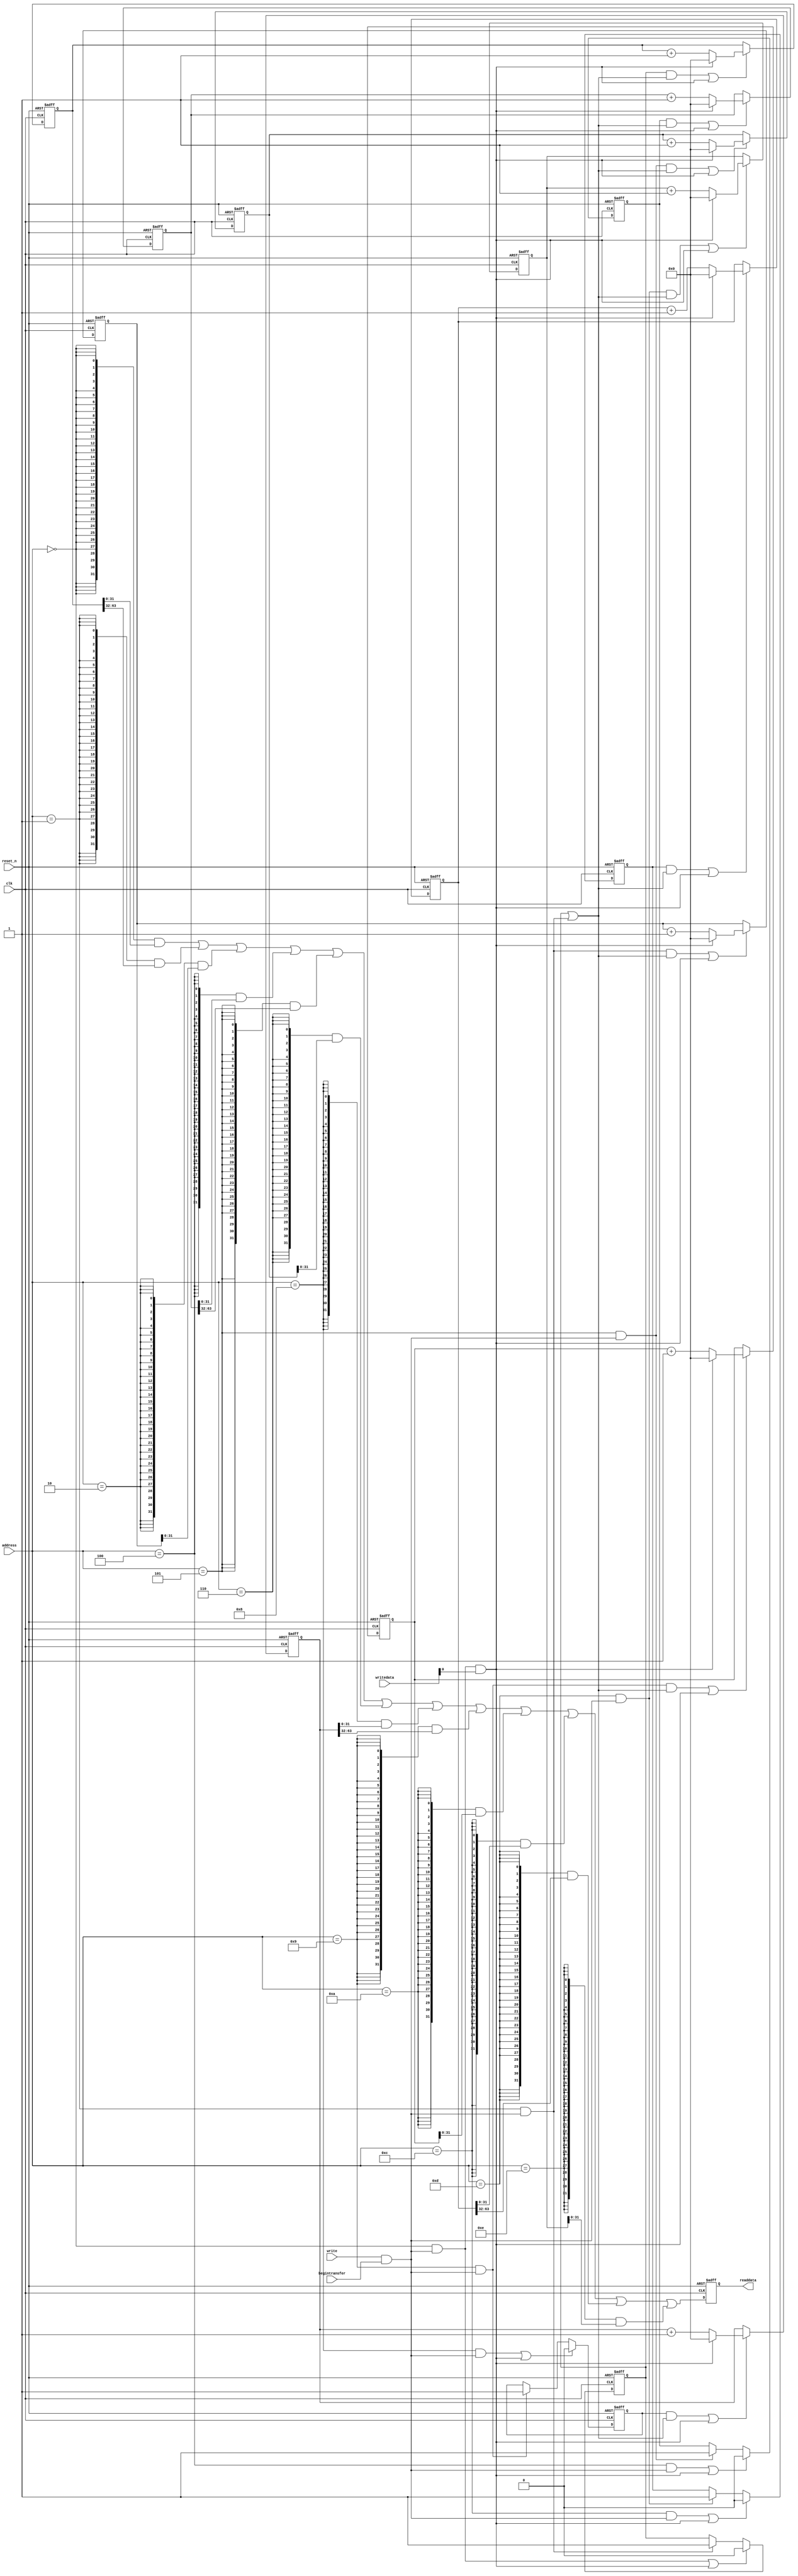
//Legal Notice: (C)2022 Altera Corporation. All rights reserved.  Your
//use of Altera Corporation's design tools, logic functions and other
//software and tools, and its AMPP partner logic functions, and any
//output files any of the foregoing (including device programming or
//simulation files), and any associated documentation or information are
//expressly subject to the terms and conditions of the Altera Program
//License Subscription Agreement or other applicable license agreement,
//including, without limitation, that your use is for the sole purpose
//of programming logic devices manufactured by Altera and sold by Altera
//or its authorized distributors.  Please refer to the applicable
//agreement for further details.

// synthesis translate_off
`timescale 1ns / 1ps
// synthesis translate_on

// turn off superfluous verilog processor warnings 
// altera message_level Level1 
// altera message_off 10034 10035 10036 10037 10230 10240 10030 

module nios_system_performance_counter (
                                         // inputs:
                                          address,
                                          begintransfer,
                                          clk,
                                          reset_n,
                                          write,
                                          writedata,

                                         // outputs:
                                          readdata
                                       )
;

  output  [ 31: 0] readdata;
  input   [  3: 0] address;
  input            begintransfer;
  input            clk;
  input            reset_n;
  input            write;
  input   [ 31: 0] writedata;


wire             clk_en;
reg     [ 63: 0] event_counter_0;
reg     [ 63: 0] event_counter_1;
reg     [ 63: 0] event_counter_2;
reg     [ 63: 0] event_counter_3;
wire             global_enable;
wire             global_reset;
wire             go_strobe_0;
wire             go_strobe_1;
wire             go_strobe_2;
wire             go_strobe_3;
wire    [ 31: 0] read_mux_out;
reg     [ 31: 0] readdata;
wire             stop_strobe_0;
wire             stop_strobe_1;
wire             stop_strobe_2;
wire             stop_strobe_3;
reg     [ 63: 0] time_counter_0;
reg     [ 63: 0] time_counter_1;
reg     [ 63: 0] time_counter_2;
reg     [ 63: 0] time_counter_3;
reg              time_counter_enable_0;
reg              time_counter_enable_1;
reg              time_counter_enable_2;
reg              time_counter_enable_3;
wire             write_strobe;
  //control_slave, which is an e_avalon_slave
  assign clk_en = -1;
  assign write_strobe = write & begintransfer;
  always @(posedge clk or negedge reset_n)
    begin
      if (reset_n == 0)
          time_counter_0 <= 0;
      else if ((time_counter_enable_0 & global_enable) | global_reset)
          if (global_reset)
              time_counter_0 <= 0;
          else 
            time_counter_0 <= time_counter_0 + 1;
    end


  always @(posedge clk or negedge reset_n)
    begin
      if (reset_n == 0)
          event_counter_0 <= 0;
      else if ((go_strobe_0 & global_enable) | global_reset)
          if (global_reset)
              event_counter_0 <= 0;
          else 
            event_counter_0 <= event_counter_0 + 1;
    end


  assign stop_strobe_0 = (address == 0) && write_strobe;
  assign go_strobe_0 = (address == 1) && write_strobe;
  always @(posedge clk or negedge reset_n)
    begin
      if (reset_n == 0)
          time_counter_enable_0 <= 0;
      else if (clk_en)
          if (stop_strobe_0 | global_reset)
              time_counter_enable_0 <= 0;
          else if (go_strobe_0)
              time_counter_enable_0 <= -1;
    end


  assign global_enable = time_counter_enable_0 | go_strobe_0;
  assign global_reset = stop_strobe_0 && writedata[0];
  always @(posedge clk or negedge reset_n)
    begin
      if (reset_n == 0)
          time_counter_1 <= 0;
      else if ((time_counter_enable_1 & global_enable) | global_reset)
          if (global_reset)
              time_counter_1 <= 0;
          else 
            time_counter_1 <= time_counter_1 + 1;
    end


  always @(posedge clk or negedge reset_n)
    begin
      if (reset_n == 0)
          event_counter_1 <= 0;
      else if ((go_strobe_1 & global_enable) | global_reset)
          if (global_reset)
              event_counter_1 <= 0;
          else 
            event_counter_1 <= event_counter_1 + 1;
    end


  assign stop_strobe_1 = (address == 4) && write_strobe;
  assign go_strobe_1 = (address == 5) && write_strobe;
  always @(posedge clk or negedge reset_n)
    begin
      if (reset_n == 0)
          time_counter_enable_1 <= 0;
      else if (clk_en)
          if (stop_strobe_1 | global_reset)
              time_counter_enable_1 <= 0;
          else if (go_strobe_1)
              time_counter_enable_1 <= -1;
    end


  always @(posedge clk or negedge reset_n)
    begin
      if (reset_n == 0)
          time_counter_2 <= 0;
      else if ((time_counter_enable_2 & global_enable) | global_reset)
          if (global_reset)
              time_counter_2 <= 0;
          else 
            time_counter_2 <= time_counter_2 + 1;
    end


  always @(posedge clk or negedge reset_n)
    begin
      if (reset_n == 0)
          event_counter_2 <= 0;
      else if ((go_strobe_2 & global_enable) | global_reset)
          if (global_reset)
              event_counter_2 <= 0;
          else 
            event_counter_2 <= event_counter_2 + 1;
    end


  assign stop_strobe_2 = (address == 8) && write_strobe;
  assign go_strobe_2 = (address == 9) && write_strobe;
  always @(posedge clk or negedge reset_n)
    begin
      if (reset_n == 0)
          time_counter_enable_2 <= 0;
      else if (clk_en)
          if (stop_strobe_2 | global_reset)
              time_counter_enable_2 <= 0;
          else if (go_strobe_2)
              time_counter_enable_2 <= -1;
    end


  always @(posedge clk or negedge reset_n)
    begin
      if (reset_n == 0)
          time_counter_3 <= 0;
      else if ((time_counter_enable_3 & global_enable) | global_reset)
          if (global_reset)
              time_counter_3 <= 0;
          else 
            time_counter_3 <= time_counter_3 + 1;
    end


  always @(posedge clk or negedge reset_n)
    begin
      if (reset_n == 0)
          event_counter_3 <= 0;
      else if ((go_strobe_3 & global_enable) | global_reset)
          if (global_reset)
              event_counter_3 <= 0;
          else 
            event_counter_3 <= event_counter_3 + 1;
    end


  assign stop_strobe_3 = (address == 12) && write_strobe;
  assign go_strobe_3 = (address == 13) && write_strobe;
  always @(posedge clk or negedge reset_n)
    begin
      if (reset_n == 0)
          time_counter_enable_3 <= 0;
      else if (clk_en)
          if (stop_strobe_3 | global_reset)
              time_counter_enable_3 <= 0;
          else if (go_strobe_3)
              time_counter_enable_3 <= -1;
    end


  assign read_mux_out = ({32 {(address == 0)}} & time_counter_0[31 : 0]) |
    ({32 {(address == 1)}} & time_counter_0[63 : 32]) |
    ({32 {(address == 2)}} & event_counter_0) |
    ({32 {(address == 4)}} & time_counter_1[31 : 0]) |
    ({32 {(address == 5)}} & time_counter_1[63 : 32]) |
    ({32 {(address == 6)}} & event_counter_1) |
    ({32 {(address == 8)}} & time_counter_2[31 : 0]) |
    ({32 {(address == 9)}} & time_counter_2[63 : 32]) |
    ({32 {(address == 10)}} & event_counter_2) |
    ({32 {(address == 12)}} & time_counter_3[31 : 0]) |
    ({32 {(address == 13)}} & time_counter_3[63 : 32]) |
    ({32 {(address == 14)}} & event_counter_3);

  always @(posedge clk or negedge reset_n)
    begin
      if (reset_n == 0)
          readdata <= 0;
      else if (clk_en)
          readdata <= read_mux_out;
    end



endmodule